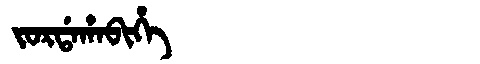
Manchu: ᠵᠣᡵᡩᠠᡥᠠᠪᡳᡥᡝ
Romanization: JORDAHABIHE